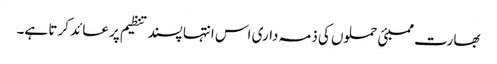
بھارت ممبئی حملوں کی ذمہ داری اس انتہا پسند تنظیم پر عائد کرتا ہے۔